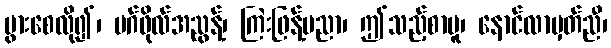
ပွားစေလို၍၊ မဂ်ဖိုလ်အညွန့်၊ ကြဲးဖြန့်ပညာ၊ ဤသည့်စာမူ၊ နောင်လာမှတ်ညီ၊